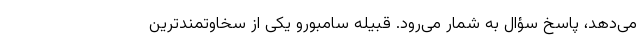
می‌دهد، پاسخ سؤال به شمار می‌رود. قبیله سامبورو یکی از سخاوتمندترین